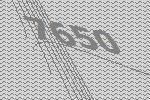
7650